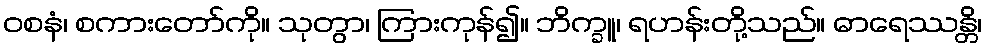
ဝစနံ၊ စကားတော်ကို။ သုတွာ၊ ကြားကုန်၍။ ဘိက္ခူ၊ ရဟန်းတို့သည်။ ဓာရေဿန္တိ၊